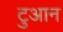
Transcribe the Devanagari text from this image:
टुआन